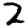
Digit: 2